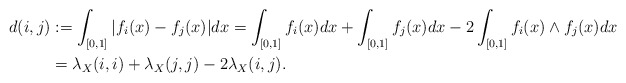
\begin{align*}d(i,j)&:= \int_{[0,1]} |f_i(x) - f_j(x)|dx = \int_{[0,1]} f_i(x)dx + \int_{[0,1]} f_j(x) dx - 2\int_{[0,1]} f_i(x)\wedge f_j(x)dx \\ &= \lambda_X(i,i) + \lambda_X(j,j) - 2\lambda_X(i,j).\end{align*}